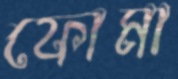
ফোমা